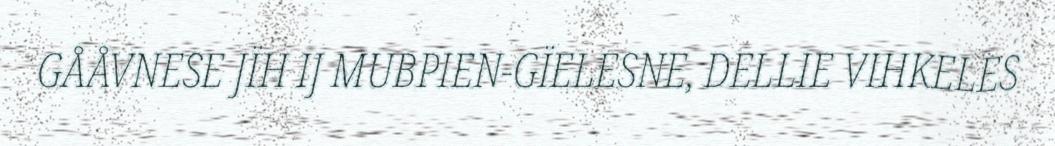
GÅÅVNESE JÏH IJ MUBPIEN-GÏELESNE, DELLIE VIHKELES